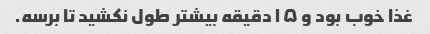
غذا خوب بود و ۱۵ دقیقه بیشتر طول نکشید تا برسه.